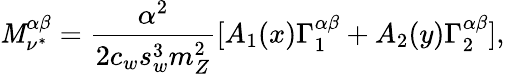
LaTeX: {\cal\mathit{M}}_{\nu^{*}}^{\alpha\beta}=\frac{{\alpha^{2}}}{{2c_{w}s_{w}^{3}m_{Z}^{2}}}[A_{1}(x)\Gamma_{1}^{\alpha\beta}+A_{2}(y)\Gamma_{2}^{\alpha\beta}],